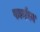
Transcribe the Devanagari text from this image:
फार्मवर